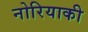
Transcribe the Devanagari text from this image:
नोरियाकी